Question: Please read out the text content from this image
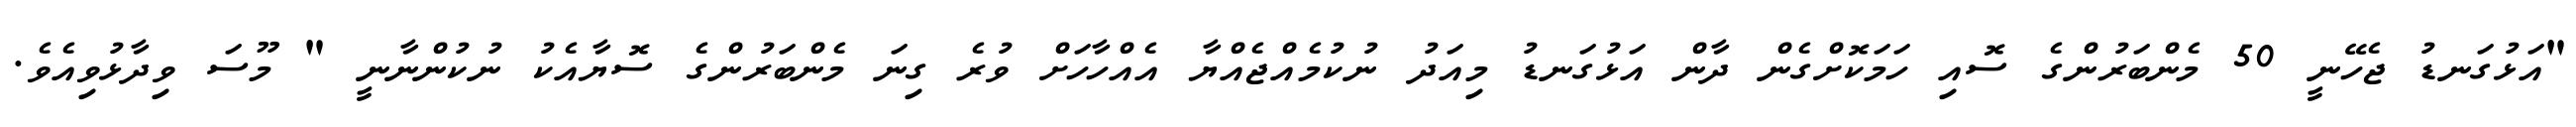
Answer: "އަޅުގަނޑު ޖެހޭނީ 50 މެންބަރުންގެ ސޮއި ހަމަކޮށްގެން ދާން އަޅުގަނޑު މިއަދު ނުކުމެއްޖެއްޔާ އެއްހާހަށް ވުރެ ގިނަ މެންބަރުންގެ ސޮޔާއެކު ނުކުންނާނީ " މޫސަ ވިދާޅުވިއެވެ.